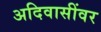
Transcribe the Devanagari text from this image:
अदिवासींवर